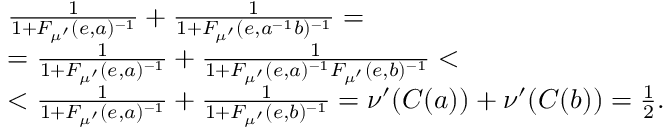
\begin{array} { r l } & { \frac { 1 } { 1 + F _ { \mu ^ { \prime } } ( e , a ) ^ { - 1 } } + \frac { 1 } { 1 + F _ { \mu ^ { \prime } } ( e , a ^ { - 1 } b ) ^ { - 1 } } = } \\ & { = \frac { 1 } { 1 + F _ { \mu ^ { \prime } } ( e , a ) ^ { - 1 } } + \frac { 1 } { 1 + F _ { \mu ^ { \prime } } ( e , a ) ^ { - 1 } F _ { \mu ^ { \prime } } ( e , b ) ^ { - 1 } } < } \\ & { < \frac { 1 } { 1 + F _ { \mu ^ { \prime } } ( e , a ) ^ { - 1 } } + \frac { 1 } { 1 + F _ { \mu ^ { \prime } } ( e , b ) ^ { - 1 } } = \nu ^ { \prime } ( C ( a ) ) + \nu ^ { \prime } ( C ( b ) ) = \frac { 1 } { 2 } . } \end{array}